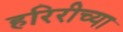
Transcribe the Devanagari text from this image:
हरिरीच्या